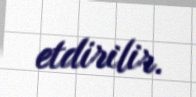
etdirilir.